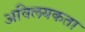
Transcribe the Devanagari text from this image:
अविलयकता